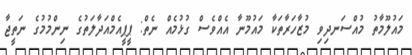
މައުލޫމާތު މުއްސަނދިވި މުޒާހަރާތަކާ މައުމޫނާ އެއްވެސް ގުޅުމެއް ނެތް: ޕީޕީއެމްއަދާލަތުގެ ނިންމުމުގެ ނަތީޖާ